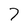
Character: 7